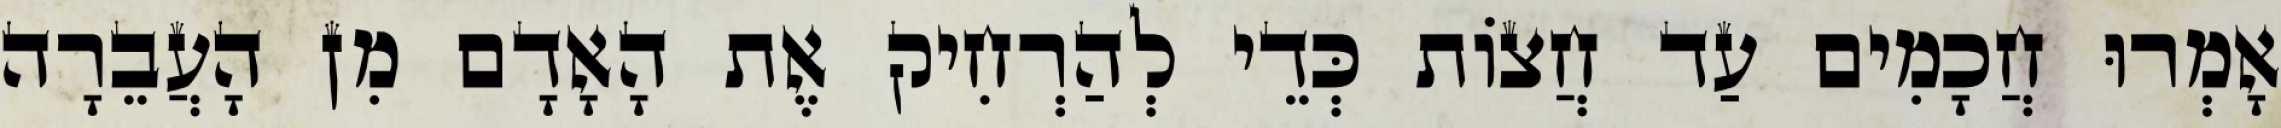
אָמְרוּ חֲכָמִים עַד חֲצוֹת כְּדֵי לְהַרְחִיק אֶת הָאָדָם מִן הָעֲבֵרָה